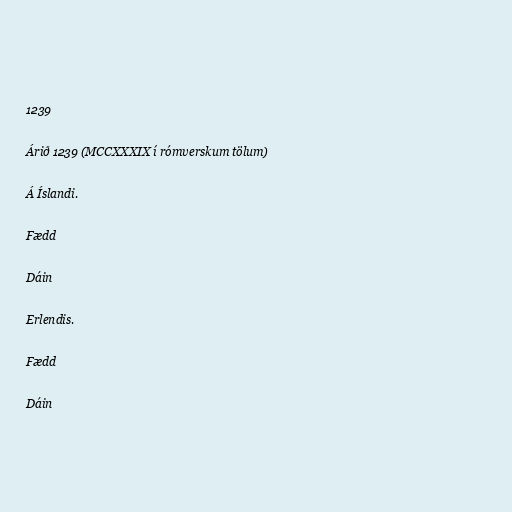
1239

Árið 1239 (MCCXXXIX í rómverskum tölum)

Á Íslandi.

Fædd

Dáin

Erlendis.

Fædd

Dáin